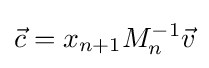
{\vec {c}}=x_{n+1}M_{n}^{-1}{\vec {v}}